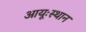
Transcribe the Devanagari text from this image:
आयूःस्थान